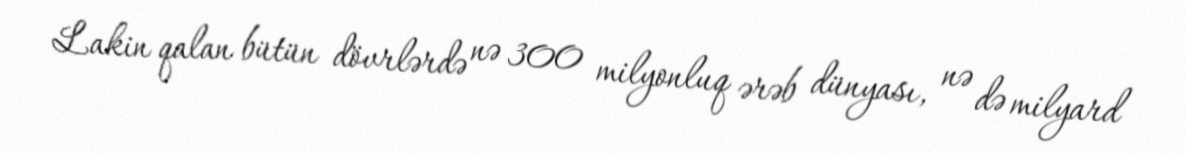
Lakin qalan bütün dövrlərdə nə 300 milyonluq ərəb dünyası, nə də milyard